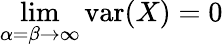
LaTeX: \operatorname*{lim}_{\alpha=\beta\to\infty}\operatorname{var}(X)=0